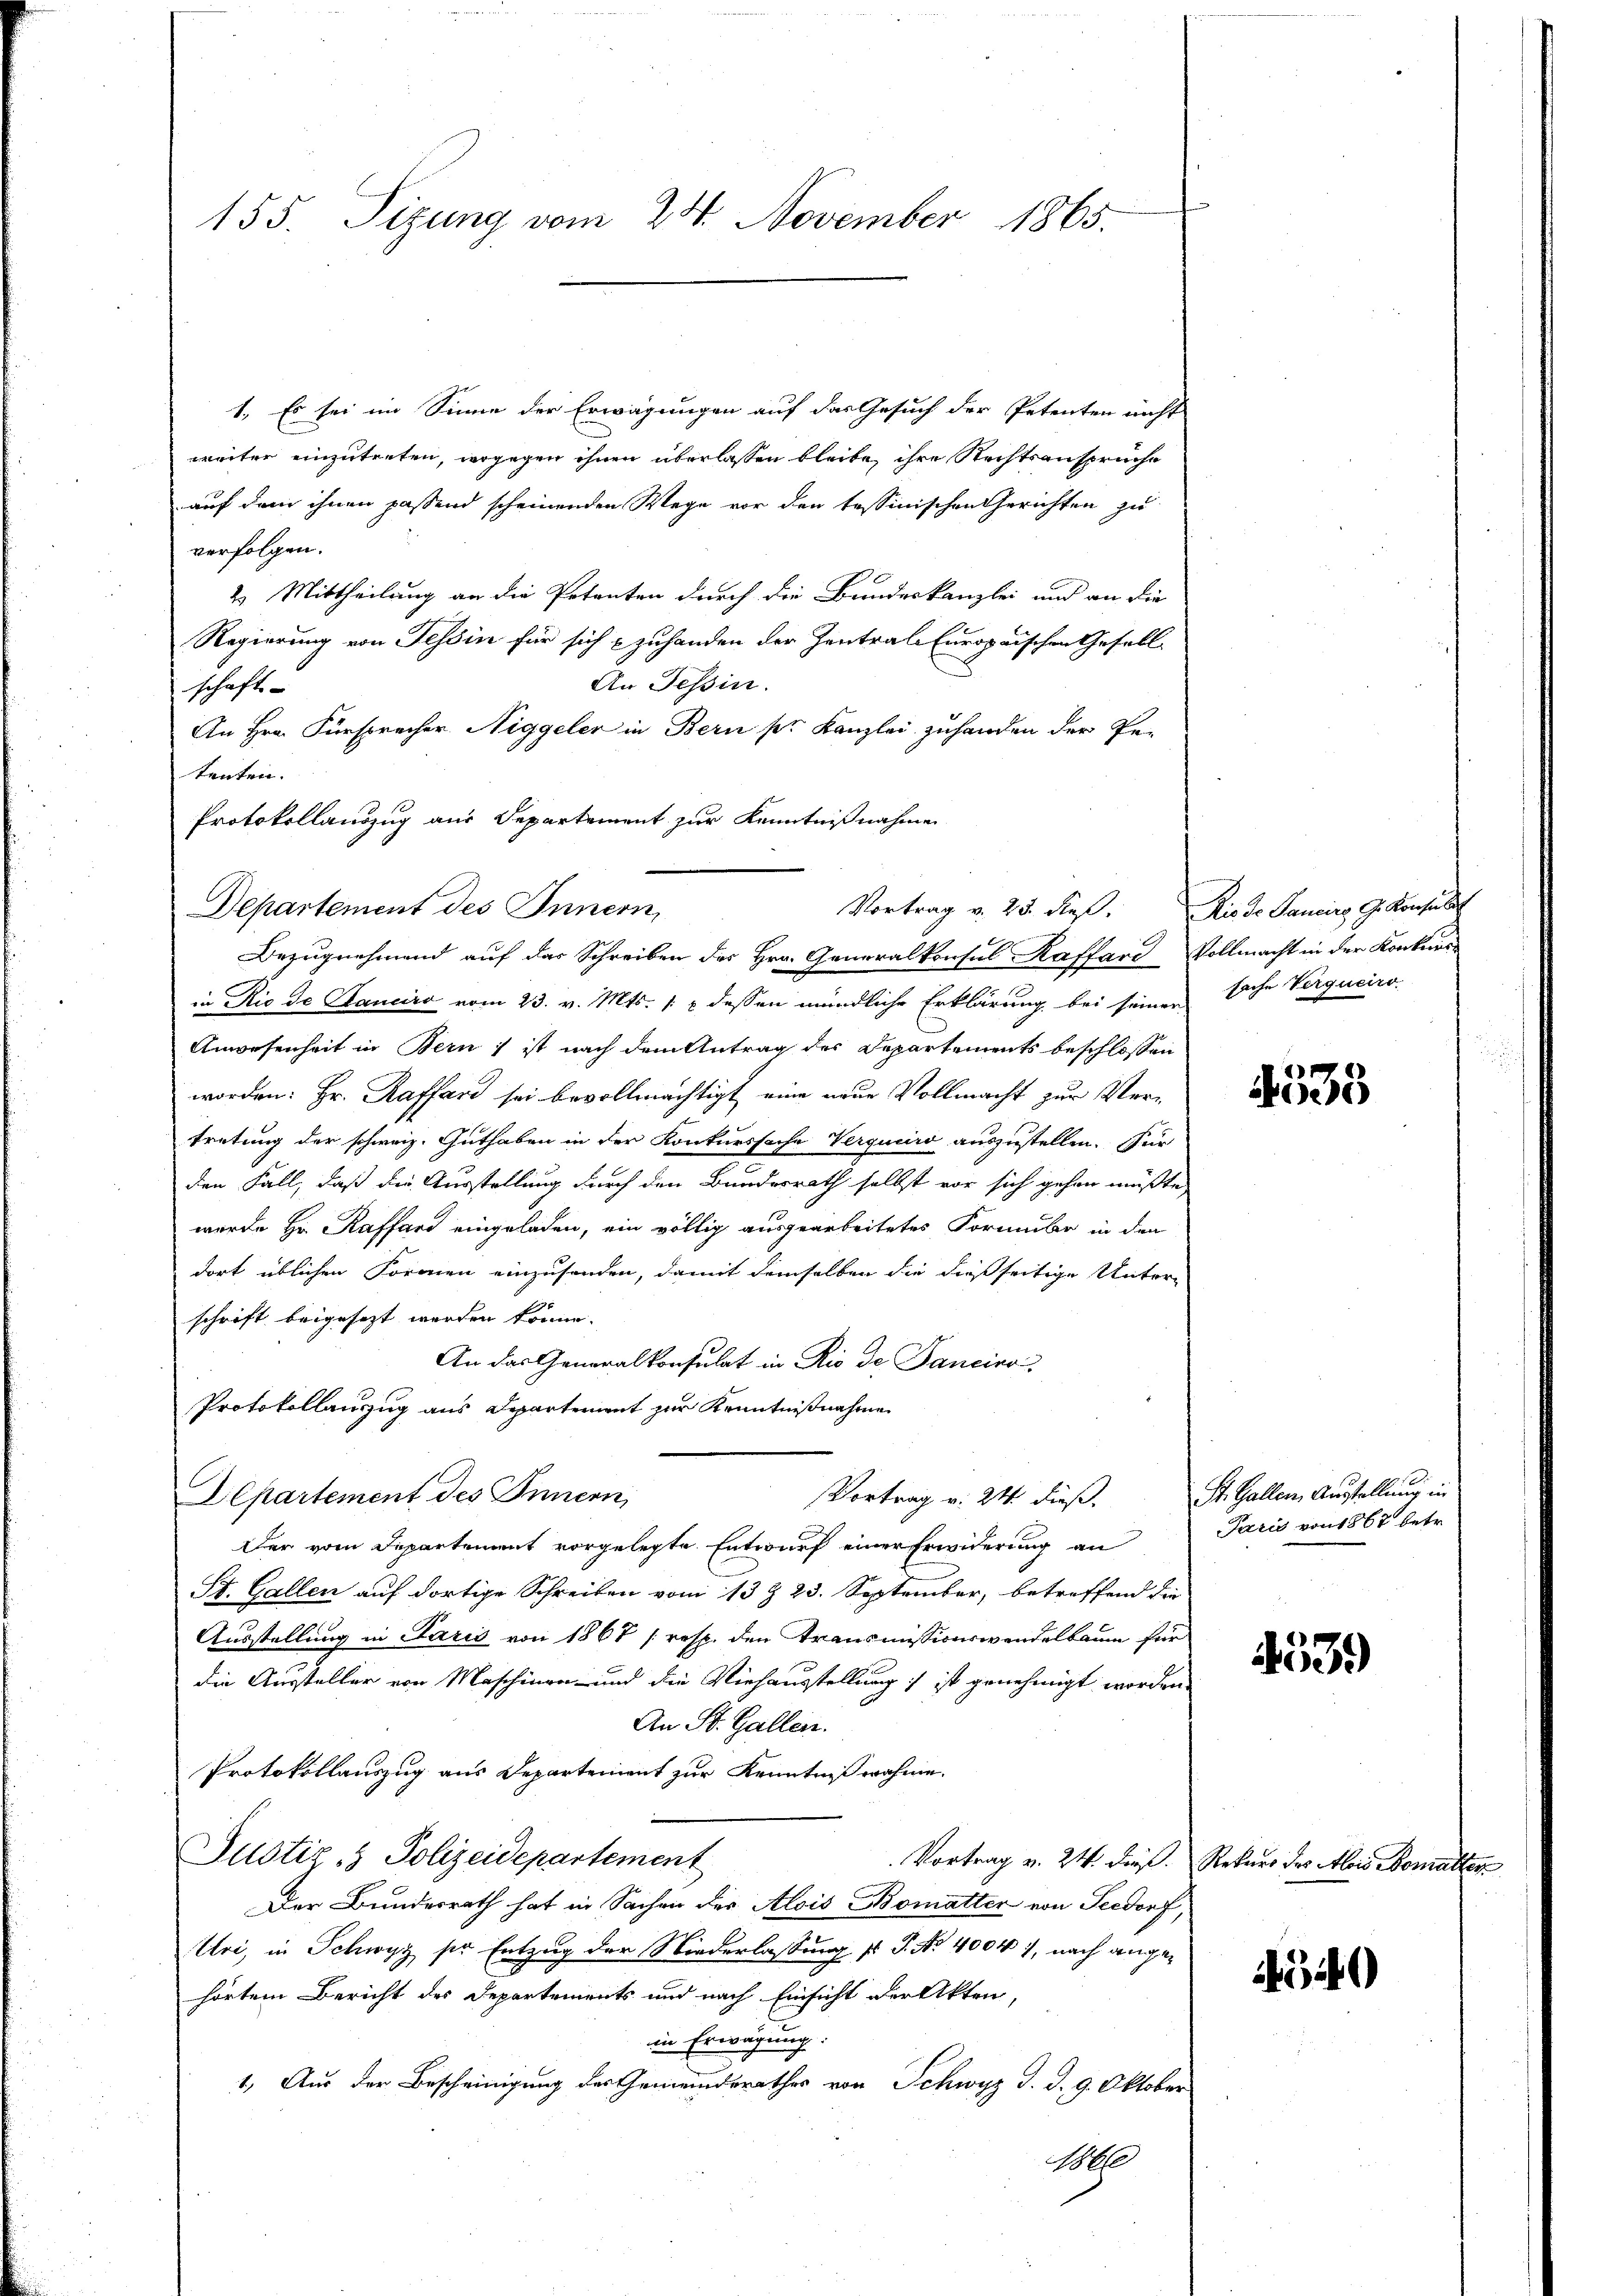
155. Sizung vom 24. November 1865.

1. Es sei im Sinne der Erwägungen auf das Gesuch der Petenten nicht
weiter einzutreten, wogegen ihnen überlassen bleibe, ihre Rechtsanspruche
auf dem ihnen passend scheinenden Wege vor den tessinischen Gerichten zu
verfolgen.
2. Mittheilung an die Petenten durch die Bundeskanzlei und an die
Regierung von Tessin für sich zuhanden der Zentrale Europaischen Gesell
An Tessin.
schaft-
An Hrn. Fürsprecher Niggeler in Bern ser Kanzlei zuhanden der Pe-
tenten.
Protokollauszug aus Departement zur Kenntnißnahme
Bezugnehmend auf das Schreiben des Hrn. Generalkonsul Kaffard Vollmacht in der Konkurs-
in Rio de Sanciro vom 23. v. Mts. /: x dessen mündliche Erklärung bei seiner sache Verguciro-
Anwesenheit in Bern, ist nach dem Antrag des Departements beschlossen
worden: Hr. Raffard sei bevollmächtigt, eine neue Vollmacht zur Vertretung der schweiz. Guthaben in der Konkurssache Verguciro auszustellen. Für
den Fall, daß die Ausstellung durch den Bundesrath selbst vor sich gehen müßte,
wurde Hr. Raffard eingeladen, ein völlig ausgearbeitetes Formule in den
dort üblichen Formen einzusenden, damit demselben die dießseitige Unterschrift beigesezt werden könne.
An das Generalkonsulat in Rio de Fancino
Protokollanzug aus Departement zur Kenntnißnahme
Aepartement des Innern,
Vortrag v. 24. dieß.
Der vom Departement vorgelegte Entwurf einer Erwiderung an
St. Gallen auf dortige Schreiben vom 13 & 23. September, betreffend die
Ausstellung in Paris von 1867 (resp. den Transmissionswandelbaum für
die Aussteller von Maschinen und die Viehausstellung ; ist genehmigt worden.
An St. Gallen.
Protokollauszug aus Departement zur Kenntnißnahme.
Justiz- & Polizeidepartement
Vortrag v. 24. dieß. Rekurs des Alois Bemalter
Der Bundesrath hat in Sachen der Alois Bomatter von Seedorf,
Uri, in Schwyz ser Entzug der Niederlassung pr. P. No. 40047, nach angehörtem Bericht des Departements und nach Einsicht der Akten,
in Erwägung.
1. Aus der Bescheinigung des Gemeindsrathes von Schwyz d. d. 9. Oktober
1866

Vortrag v. 25. dieß. Bis de Sancire G. Konsuls
Departement des Innern,

535

St. Gallen, Ausstellung in
Paris von 1867 betr.

4539

4540